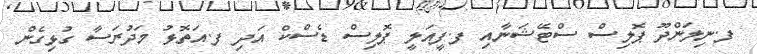
ފ.ނިލަންދޫ ޕޮލިސް ސްޓޭޝަނާއި ފ.ފީއަލީ ޕޮލިސް ޑެސްކް އަދި ފ.އަތޮޅު މަދުރަސާ ގުޅިގެން